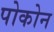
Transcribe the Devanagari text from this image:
पोकोन